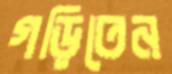
গড়িতেন